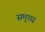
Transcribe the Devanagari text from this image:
समृध्ध